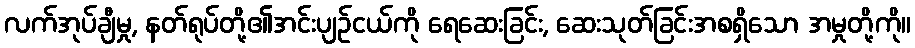
လက်အုပ်ချီမှု, နတ်ရုပ်တို့၏အင်းပျဉ်ငယ်ကို ရေဆေးခြင်း, ဆေးသုတ်ခြင်းအစရှိသော အမှုတို့ကို။